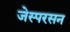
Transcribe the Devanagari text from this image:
जेस्परसन